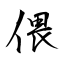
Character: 偎